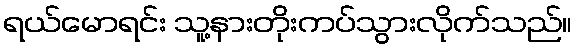
ရယ်မောရင်း သူ့နားတိုးကပ်သွားလိုက်သည်။